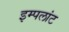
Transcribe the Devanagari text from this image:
इम्पलांट